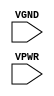
module sky130_fd_sc_hs__tap (
    VGND,
    VPWR
);

    // Module ports
    input VGND;
    input VPWR;
     // No contents.
endmodule